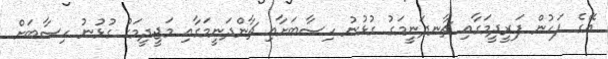
އޭގެ ފަހުން ފަރީދީމަގާއި ޗާނދަނީމަގު ގުޅުނު ހިސާބަށާއި ޗާންދަނީމަގާއި މަޖީދީމަގު ގުޅުނު ހިސާބަށް